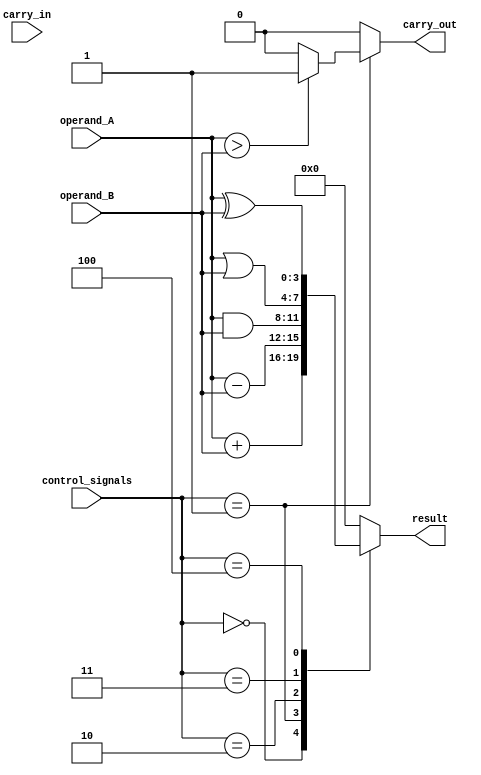
module ALU(input [3:0] operand_A, input [3:0] operand_B, input [2:0] control_signals, input carry_in, output reg carry_out, output reg [3:0] result);

always @ (operand_A, operand_B, control_signals)
begin
    case (control_signals)
        3'b000: result = operand_A + operand_B; // addition
        3'b001: result = operand_A - operand_B; // subtraction
        3'b010: result = operand_A & operand_B; // bitwise AND
        3'b011: result = operand_A | operand_B; // bitwise OR
        3'b100: result = operand_A ^ operand_B; // bitwise XOR
        default: result = 4'b0;
    endcase
end

always @ (result)
begin
    case (control_signals)
        3'b000: carry_out = (result[4] == 1) ? 1 : 0; // carry-out for addition
        3'b001: carry_out = (operand_A > operand_B) ? 1 : 0; // carry-out for subtraction
        default: carry_out = 0;
    endcase
end

endmodule